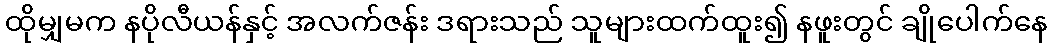
ထိုမျှမက နပိုလီယန်နှင့် အလက်ဇန်း ဒရားသည် သူများထက်ထူး၍ နဖူးတွင် ချိုပေါက်နေ